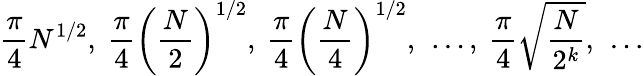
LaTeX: {\frac{\pi}{4}}{N}^{1/2},\ {\frac{\pi}{4}}\left({\frac{N}{2}}\right)^{1/2},\ {\frac{\pi}{4}}\left({\frac{N}{4}}\right)^{1/2},\ \ldots,\ {\frac{\pi}{4}}{\sqrt{\frac{N}{2^{k}}}},\ \ldots